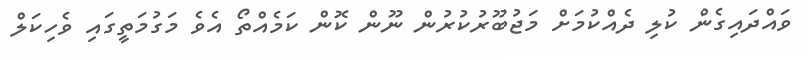
ވައްދައިގެން ކުލި ދެއްކުމަށް މަޖުބޫރުކުރުން ނޫން ކޮން ކަމެއްތޯ އެވެ މަގުމަތީގައި ވެހިކަލް